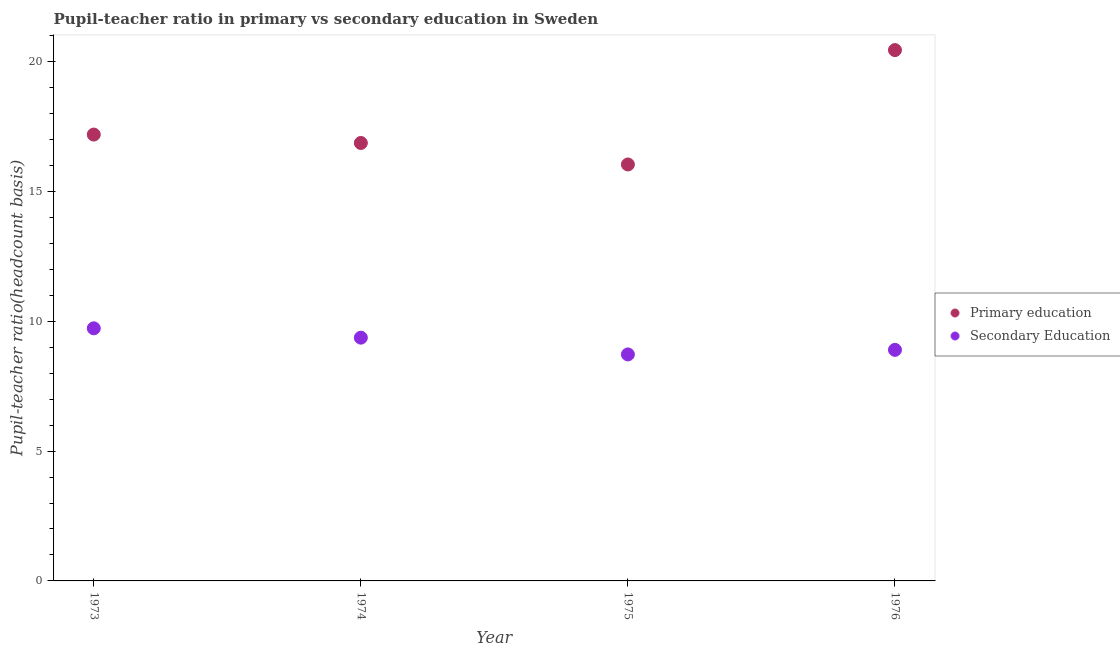
| Year | Primary education | Secondary Education |
 | --- | --- | --- |
 | 1973 | 17.2 | 9.73 |
 | 1974 | 16.9 | 9.37 |
 | 1975 | 16 | 8.72 |
 | 1976 | 20.4 | 8.9 |